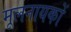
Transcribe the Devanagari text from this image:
मूलनायकों